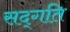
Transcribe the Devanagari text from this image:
सद्‍गति